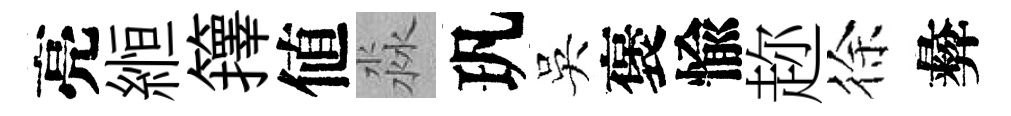
亮縆籜値淼㺬吳褒愉趂徐彜